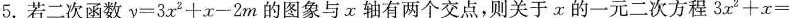
5.若二次函数$$y = 3 x ^ { 2 } + x - 2 m$$的图象与x轴有两个交点，则关于x的一元二次方程$$3 x ^ { 2 } + x =